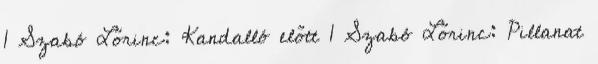
1 Szabó Lőrinc: Kandalló előtt 1 Szabó Lőrinc: Pillanat